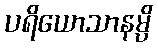
ပရိယောသာနမ္ပိ